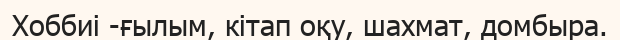
Хоббиі -ғылым, кітап оқу, шахмат, домбыра.